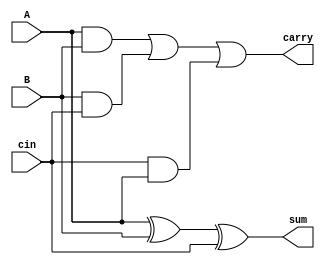
module fulladder(A,B,cin,sum,carry);

input A,B,cin;
output sum,carry;
assign sum=A^B^cin;
assign carry=(A&B)|(B&cin)|(cin&A);

endmodule